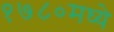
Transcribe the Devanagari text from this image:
१७८०मध्ये